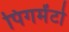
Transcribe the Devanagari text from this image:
पिगमेंटो